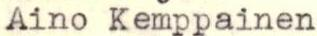
Aino Kemppainen